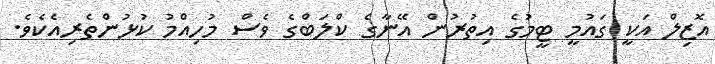
އޮޒިލް އަކީ ގައުމީ ޓީމުގެ އިތުރުން އޭނާގެ ކްލަބްގެ ވެސް މުހިއްމު ކުޅުންތެރިއެކެވެ.